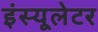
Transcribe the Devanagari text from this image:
इंस्यूलेटर